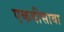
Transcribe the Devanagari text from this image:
एकवीसावा